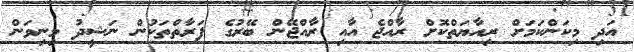
އަދި މިކަންކަމަށް ރިއާޔަތްކޮށް ރާއްޖެ އާއި ރާއްޖޭން ބޭރުގެ ފަރާތްތަކުން ނަޝީދު މިނިވަން